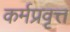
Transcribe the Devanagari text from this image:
कर्मप्रवृत्त